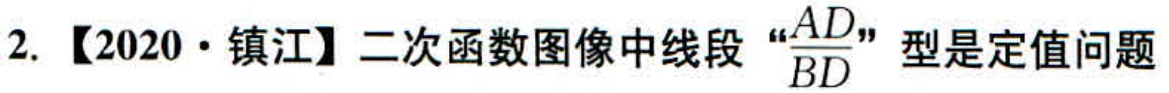
2. 【2020·镇江】二次函数图像中线段“\(\frac{AD}{BD}\)”型是定值问题